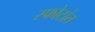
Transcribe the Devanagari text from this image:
स्फोटांत